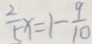
\frac { 2 } { 5 } x = 1 - \frac { 9 } { 1 0 }